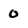
Character: O